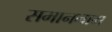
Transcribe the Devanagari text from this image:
समाननाम